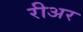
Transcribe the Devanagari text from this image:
रीअर